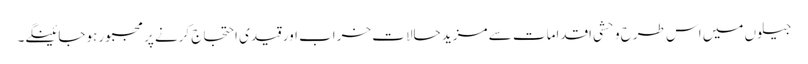
جیلوں میں اس طرح وحشی اقدامات سے مزید حالات خراب اور قیدی احتجاج کرنے پر مجبور ہوجائینگے۔